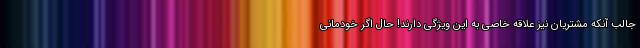
جالب آنکه مشتریان نیز علاقه خاصی به این ویژگی دارند! حال اگر خودمانی